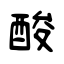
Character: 酸